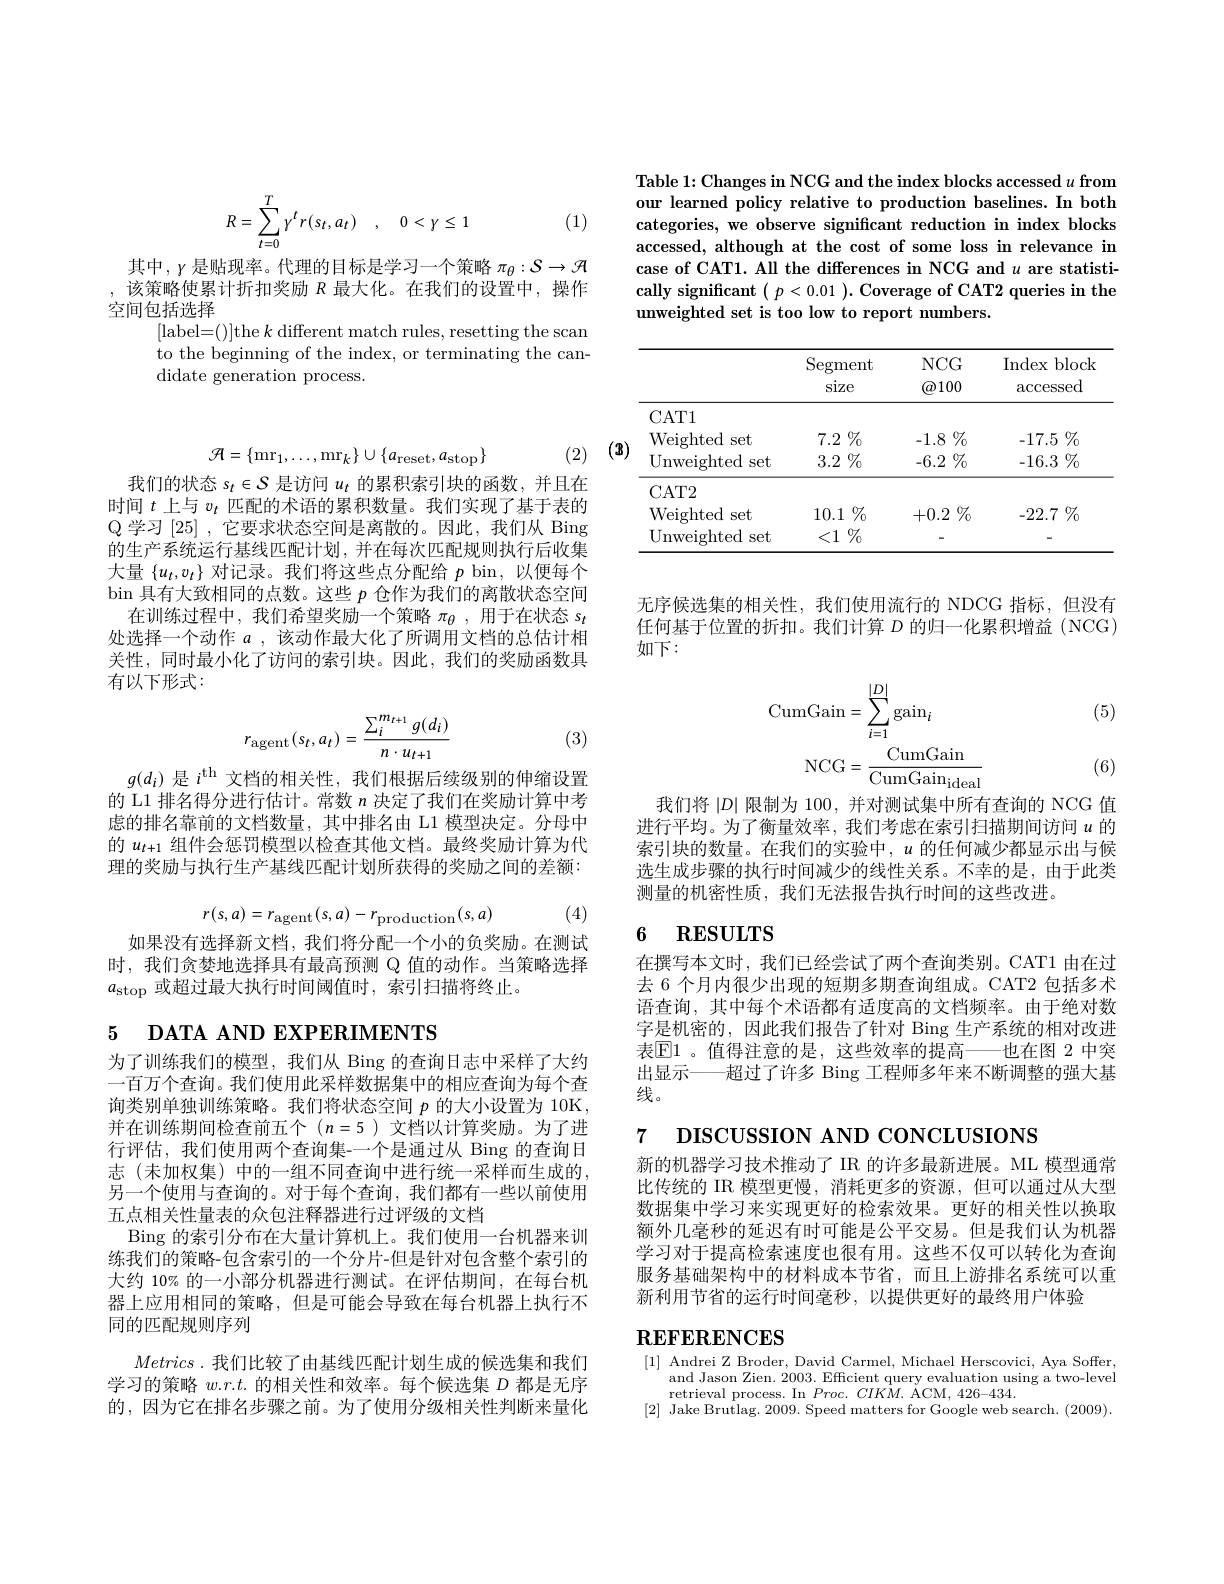
$$R=\sum_{t=0}^T\gamma^tr(s_t,a_t)\quad,\quad0<\gamma\leq1$$
(1)

其中，$\gamma$是贴现率。代理的目标是学习一个策略 $\pi_\theta:S\to\mathcal{H}$ 该策略使累计折扣奖励$R$最大化。在我们的设置中，操作空间包括选择
[label=()]the $k$ different match rules, resetting the scan to the beginning of the index, or terminating the candidate generation process.
$$\mathcal{A}=\{\mathrm{mr}_{1},\ldots,\mathrm{mr}_{k}\}\cup\{a_{\mathrm{reset}},a_{\mathrm{stop}}\}$$
我们的状态$s_t\in\mathcal{S}$是访问$u_t$的累积索引块的函数，并且在时间$t$上与$v_t$匹配的术语的累积数量。我们实现了基于表的Q 学习[25] ,它要求状态空间是离散的。因此，我们从 Bing 的生产系统运行基线匹配计划，并在每次匹配规则执行后收集大量$\{u_t,v_t\}$对记录。我们将这些点分配给$p$ bin, 以便每个$\operatorname{bin}$具有大致相同的点数。这些$p$仓作为我们的离散状态空间
在训练过程中，我们希望奖励一个策略$\pi_\theta$,用于在状态$s_t$ 处选择一个动作$a$ ,该动作最大化了所调用文档的总估计相关性，同时最小化了访问的索引块。因此，我们的奖励函数具有以下形式：
$$r_{\mathrm{agent}}(s_t,a_t)=\frac{\sum_i^{m_{t+1}}g(d_i)}{n\cdot u_{t+1}}$$
(3)

$g(d_i)$是$i^\mathrm{th}$文档的相关性，我们根据后续级别的伸缩设置的 L1 排名得分进行估计。常数$n$决定了我们在奖励计算中考虑的排名靠前的文档数量，其中排名由 L1 模型决定。分母中的$u_{t+1}$组件会惩罚模型以检查其他文档。最终奖励计算为代理的奖励与执行生产基线匹配计划所获得的奖励之间的差额：

(4)
$$r(s,a)=r_{\mathrm{agent}}(s,a)-r_{\mathrm{production}}(s,a)$$
如果没有选择新文档，我们将分配一个小的负奖励。在测试时，我们贪婪地选择具有最高预测 Q 值的动作。当策略选择$a_{\mathrm{stop}}$或超过最大执行时间阈值时，索引扫描将终止。

# 5 DATA AND EXPERIMENTS

为了训练我们的模型，我们从 Bing 的查询日志中采样了大约一百万个查询。我们使用此采样数据集中的相应查询为每个查询类别单独训练策略。我们将状态空间$p$的大小设置为 10K, 并在训练期间检查前五个$(n=5)$文档以计算奖励。为了进行评估，我们使用两个查询集-一个是通过从 Bing 的查询日志(未加权集)中的一组不同查询中进行统一采样而生成的， 另一个使用与查询的。对于每个查询，我们都有一些以前使用五点相关性量表的众包注释器进行过评级的文档
Bing 的索引分布在大量计算机上。我们使用一台机器来训练我们的策略-包含索引的一个分片-但是针对包含整个索引的大约 10% 的一小部分机器进行测试。在评估期间，在每台机器上应用相同的策略，但是可能会导致在每台机器上执行不同的匹配规则序列
$Metrics.$我们比较了由基线匹配计划生成的候选集和我们学习的策略$w.r.t.$的相关性和效率。每个候选集$D$都是无序的，因为它在排名步骤之前。为了使用分级相关性判断来量化

Table 1: Changes in NCG and the index blocks accessed $u\textbf{ from}$ our learned policy relative to production baselines. In both categories, we observe significant reduction in index blocks accessed, although at the cost of some loss in relevance in case of CAT1. All the differences in NCG and $u$ are statistically significant $( p< 0. 01) . \textbf{Coverage of CAT2 queries in the}$ unweighted set is too low to report numbers.

<table>
	<tbody>
		<tr>
			<th> </th>
			<th>Segment size</th>
			<th>$NCG$ $\textcircled a100$</th>
			<th>Index block $\operatorname{accessed}$</th>
		</tr>
		<tr>
			<td>CAT1</td>
			<td> </td>
			<td> </td>
			<td> </td>
		</tr>
		<tr>
			<td>Weighted set</td>
			<td>$7.2\%$</td>
			<td>$-1.8\%$</td>
			<td>$-17.5\%$</td>
		</tr>
		<tr>
			<td>${\mathrm{Unweighted}}$ 4 set</td>
			<td>$3.2\%$</td>
			<td>$-6.2\%$</td>
			<td>-16.3 $\%$</td>
		</tr>
		<tr>
			<td>CAT2</td>
			<td> </td>
			<td> </td>
			<td> </td>
		</tr>
		<tr>
			<td>Weighted set</td>
			<td>10.1 $\%$</td>
			<td>+0.2 $\%$</td>
			<td>-22.7 $\%$</td>
		</tr>
		<tr>
			<td>Unweighted set</td>
			<td>$\%$ <1</td>
			<td> </td>
			<td> </td>
		</tr>
	</tbody>
</table>
(2) I

无序候选集的相关性，我们使用流行的 NDCG 指标，但没有任何基于位置的折扣。我们计算$D$的归一化累积增益(NCG) 如下：

(5)
$$\begin{aligned}\mathrm{CumGain}&=\sum_{i=1}^{|D|}\mathrm{gain}_{i}\\\mathrm{NCG}&=\frac{\mathrm{CumGain}}{\mathrm{CumGain}_{\mathrm{ideal}}}\end{aligned}$$
(6)

我们将$|D|$限制为 100,并对测试集中所有查询的 NCG 值进行平均。为了衡量效率，我们考虑在索引扫描期间访问$u$的索引块的数量。在我们的实验中，$u$的任何减少都显示出与候选生成步骤的执行时间减少的线性关系。不幸的是，由于此类测量的机密性质，我们无法报告执行时间的这些改进。

# 6 RESULTS

在撰写本文时，我们已经尝试了两个查询类别。CAT1 由在过去 6 个月内很少出现的短期多期查询组成。CAT2 包括多术语查询，其中每个术语都有适度高的文档频率。由于绝对数字是机密的，因此我们报告了针对 Bing 生产系统的相对改进表$\boxed{\mathrm{E}}1$ 。值得注意的是，这些效率的提高—也在图 2 中突出显示——超过了许多 Bing 工程师多年来不断调整的强大基线。

7 DISCUSSION AND CONCLUSIONS

新的机器学习技术推动了 IR 的许多最新进展。ML 模型通常比传统的 IR 模型更慢，消耗更多的资源，但可以通过从大型数据集中学习来实现更好的检索效果。更好的相关性以换取额外几毫秒的延迟有时可能是公平交易。但是我们认为机器学习对于提高检索速度也很有用。这些不仅可以转化为查询服务基础架构中的材料成本节省，而且上游排名系统可以重新利用节省的运行时间毫秒，以提供更好的最终用户体验

# $\mathbf{REFERENCES}$

[1] Andrei Z Broder, David Carmel, Michael Herscovici, Aya Soffer
and Jason Zien. 2003. Efficient query evaluation using a two-level
retrieval process. In $Proc.CIKM.$ ACM, 426-434.
[2] Jake Brutlag. 2009. Speed matters for Google web search. (2009).